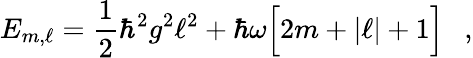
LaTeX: E_{m,\ell}=\frac{1}{2}\hbar^{2}g^{2}\ell^{2}+\hbar\omega\Big[2m+|\ell|+1\Big]\ \ \ ,